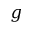
g